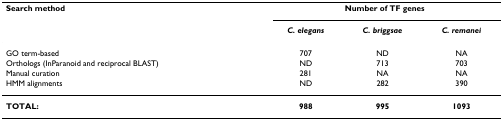
| Search method | <COLSPAN=3> Number of TF genes |
 |  | C. elegans | C. briggsae | C. remanei |
 | --- | --- | --- | --- |
 | GO term-based | 707 | ND | NA |
 | Orthologs (InParanoid and reciprocal BLAST) | ND | 713 | 703 |
 | Manual curation | 281 | NA | NA |
 | HMM alignments | ND | 282 | 390 |
 | TOTAL: | 988 | 995 | 1093 |